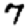
Digit: 7